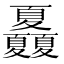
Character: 𡖃